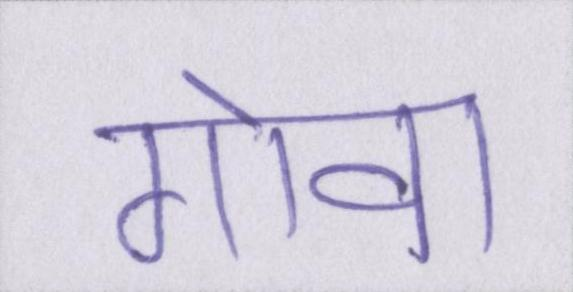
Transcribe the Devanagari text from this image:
गोवा